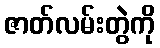
ဇာတ်လမ်းတွဲကို